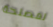
لمصلحة